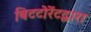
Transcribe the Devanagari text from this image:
बिटटोरेंटद्वारा